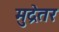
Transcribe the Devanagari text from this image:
मुद्रेतर